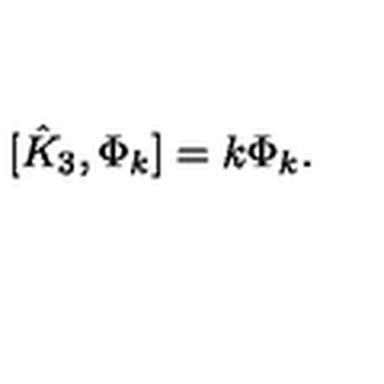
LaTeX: [ \hat { K } _ { 3 } , \Phi _ { k } ] = k \Phi _ { k } .